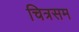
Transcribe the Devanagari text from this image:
चित्रसम